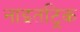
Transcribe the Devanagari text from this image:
नाइतट्रिक